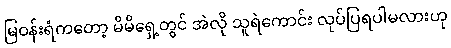
မြဝန်းရံကတော့ မိမိရှေ့တွင် အဲလို သူရဲကောင်း လုပ်ပြရပါမလားဟု